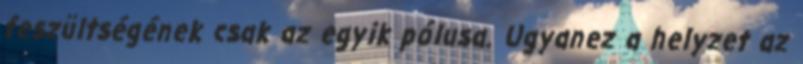
feszültségének csak az egyik pólusa. Ugyanez a helyzet az